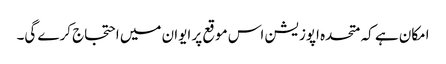
امکان ہے کہ متحدہ اپوزیشن اس موقع پر ایوان میں احتجاج کرے گی۔